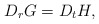
\begin{align*}D_r G = D_t H,\end{align*}